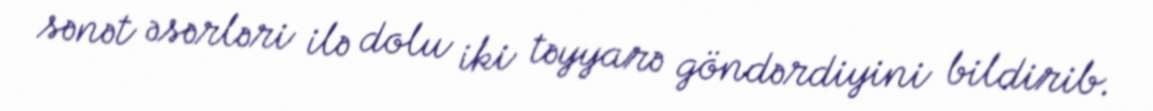
sənət əsərləri ilə dolu iki təyyarə göndərdiyini bildirib.